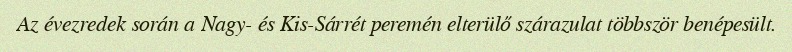
Az évezredek során a Nagy- és Kis-Sárrét peremén elterülő szárazulat többször benépesült.